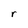
Character: r